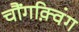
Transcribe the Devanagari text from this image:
चौंगक़्विंग